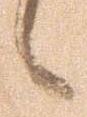
候